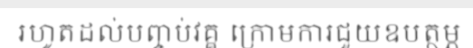
រហូតដល់បញ្ចប់វគ្គ ក្រោមការជួយឧបត្ថម្ភ